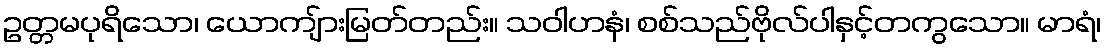
ဥတ္တမပုရိသော၊ ယောကျ်ားမြတ်တည်း။ သဝါဟနံ၊ စစ်သည်ဗိုလ်ပါနှင့်တကွသော။ မာရံ၊